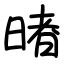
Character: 暏